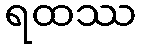
ရထဿ